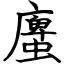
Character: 螷